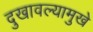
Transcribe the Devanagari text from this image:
दुखावल्यामुखे